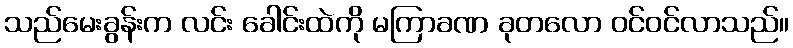
သည်မေးခွန်းက လင်း ခေါင်းထဲကို မကြာခဏ ခုတလော ဝင်ဝင်လာသည်။